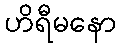
ဟိရီမနော